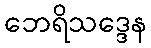
ဘေရိသဒ္ဒေန